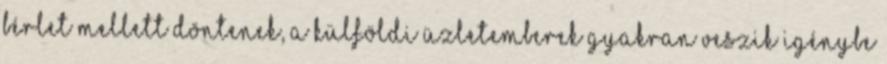
bérlet mellett döntenek, a külföldi üzletemberek gyakran veszik igénybe